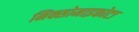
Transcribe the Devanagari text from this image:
मिक्सोमाइकोटा